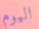
اليوم